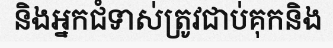
និងអ្នកជំទាស់ត្រូវជាប់គុកនិង